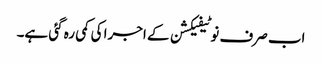
اب صرف نوٹیفیکشن کے اجرا کی کمی رہ گئی ہے۔